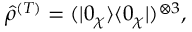
{ \hat { \rho } } ^ { ( T ) } = ( | 0 _ { \chi } \rangle \langle 0 _ { \chi } | ) ^ { \otimes 3 } ,